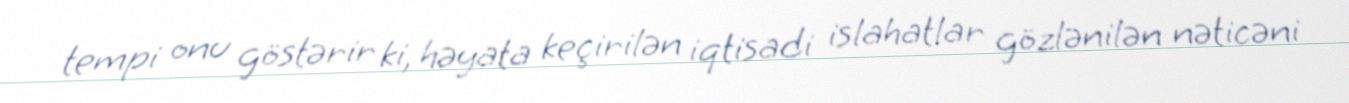
tempi onu göstərir ki, həyata keçirilən iqtisadi islahatlar gözlənilən nəticəni